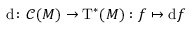
\mathrm { d } \colon { \mathcal { C } } ( M ) \to \mathrm { T } ^ { * } ( M ) : f \mapsto \mathrm { d } f